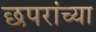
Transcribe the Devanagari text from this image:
छपरांच्या